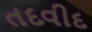
તદવીદ